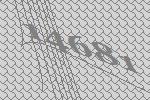
14681